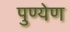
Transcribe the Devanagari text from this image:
पुण्येण